Annual statistical returns and brief notes on vaccination in Bengal - 1896-1909
Year: 1896
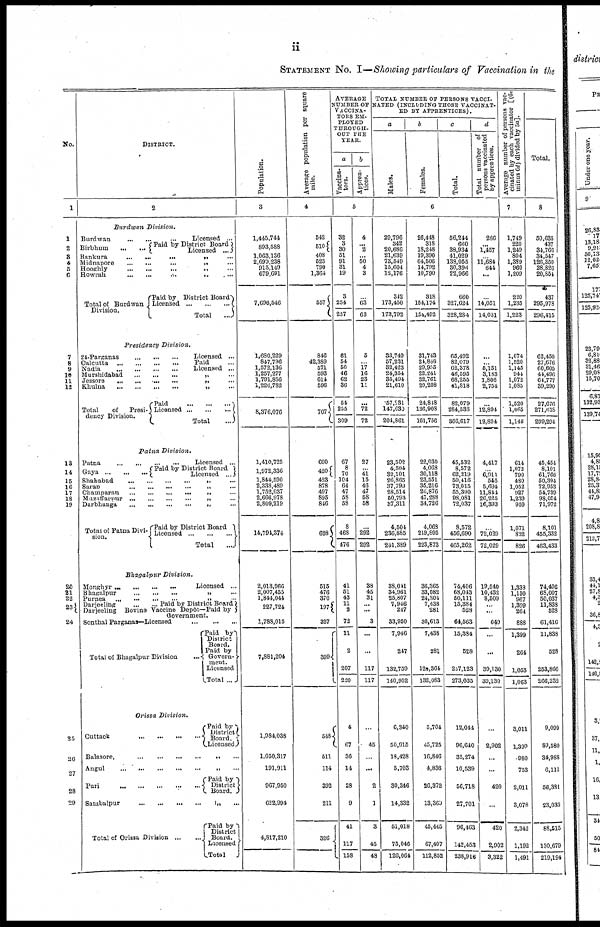
ii
STATEMENT NO. I—Showing particulars of Vaccination in the
No.
1
1
2
3
4
5
6
7
8
9
10
11
12
13
14
15
16
17
18
19
20
21
22
23
24
25
26
27
28
29
DISTRICT.
2
Burdwan
Division.
Burdwan ... ... ... Licensed ...
Birbhum
...
...
Paid by District Board
Licensed ...
Bankura ... ... ... „ ...
Midnapore ... ... ... „ ...
Hooghly ... ... ... „ ...
Howrah
...
...
...
„
...
Total of Burdwan
Division.
Paid by District Board
Licensed ... ... ...
Total
...
Presidency
Division.
24-Parganas ... ... ... Licensed ...
Calcutta
...
...
...
...
Paid ...
Nadia ... ... ... Licensed ...
Murshidabad ... ... ... „ ...
Jessore ... ... ... „ ...
Khulna
...
...
...
„
...
Total
of
Presi-
dency Division.
Paid
...
...
...
Licensed
...
...
...
Total
...
Patna
Division.
Patna
...
...
...
...
Licensed
...
Gaya
...
...
... Paid By District Board
Licensed ...
Shababad
...
...
...
...
„
...
Saran ... ... ... ... „ ...
Champaran ... ... ... ... „ ...
Muzaffarpur
...
...
...
...
„
...
Darbhanga
...
...
...
...
„
...
Total of Patna Divi-
sion.
Paid by District Board
Licensed
...
...
...
Total
...
Bhagalpur
Division.
Monghyr
...
...
...
...
Licensed
...
Bhagalpur
...
...
...
...
„
...
Purnea ... ... ... ... „ ...
Darjeeling ... ... Paid by District Board
Darjeeling
Bovine Vaccine Depôt—Paid by
Government.
Sonthal Parganas—Licensed
...
...
...
Total of Bhagalpur Division
Paid by
District
Board.
Paid by
Govern-
ment.
Licensed
Total ...
Orissa
Division.
Cuttack
...
...
...
...
Paid by
District
Board.
Licensed
Balasore,
...
...
...
...
„
...
Angul
...
...
...
...
„
...
Puri ... ... ... ... „ ...
Paid by
District
Board.
Sambalpur ... ... ... ... „ ...
Total of Orissa Division
...
...
Paid by
District
Board.
Licensed
Total
Population.
3
1,445,744
893,588
1,063,136
2,699,238
915,149
679,691
7,696,546
1,680,229
847,796
1,572,136
1,257,277
1,791,856
1,226,782
8,376,076
1,410,725
1,972,336
1,844,590
2,338,489
1,752,037
2,666,978
2,809,219
14,791,374
2,013,966
2,007,455
1,844,044
227,724
1,788,015
7,881,204
1,984,038
1,050,317
191,911
967,950
622,994
4,817,210
Average population per square
mile.
4
542
510
408
523
790
1,364
557
846
42,389
571
593
614
596
707
690
420
423
878
497
895
846
628
515
476
370
197
327
399
548
511
114
392
211
326
AVERAGE
NUMBER OF
VACCINA-
TORS EM-
PLOYED
THROUGH-
OUT THE
YEAR.
a
Vaccina-
tors.
b
Appren-
tices.
5
32
3
30
51
91
31
19
3
254
257
61
54
50
46
62
36
54
255
309
67
8
70
104
64
47
58
58
8
468
476
41
51
43
11
2
72
11
2
207
220
4
67
36
14
28
9
41
117
158
4
... 2
...
50
4
3
63
63
5
...
17
16
23
11
...
72
72
27
... 41
15
46
47
58
58
...
292
292
38
45
31
...
...
3
...
...
117
117
...
45
...
...
2
1
3
45
48
TOTAL NUMBER OF PERSONS VACCI-
NATED (INCLUDING THOSE VACCINAL
ED BY APPRENTICES).
a
Males.
b
Females.
c
Total.
d
Total number of
persons vaccinated
by apprentices.
6
29,796
342
20,686
21,639
73,549
15,604
12,176
312
173,450
173,792
33,749
57,231
32,423
24,354
35,494
21,610
57,231
147,630
204,861
23,502
4,504
82,101
26,865
37,799
28,514
50,793
87,311
4,504
236,885
241,389
33,041
34,961
25,807
7,946
247
33,950
7,946
247
132,769
140,952
6,340
50,915
18,428
5,703
30,346
14,332
51,018
75,046
126,064
26,448
318
18,248
19,390
64,506
14,792
10,790
318
154,174
154,492
31,743
24,848
29,955
22,241
32,761
20,208
24,848
136,908
161,756
22,030
4,068
30,118
23,551
35,216
26,876
47,288
34,726
4,068
219,805
223,873
36,365
33,082
24,304
7,438
281
30,613
7,438
281
124,364
132,083
5,704
45,725
16,846
4,836
26,372
13,369
45,445
67,407
112,852
56,244
660
38,934
41,029
138,055
30,398
22,966
660
327,624
328,284
65,492
82,079
62,378
46,595
68,255
41,818
82,079
284,538
366,617
45,532
8,572
62,219
50,416
73,015
55,390
98,081
72,037
8,572
456,690
465,262
74,406
68,043
50,111
15,384
528
64,563
15,384
528
257,123
273,035
12,044
96,640
35,274
10,539
56,718
27,701
96,463
142,453
238,916
260
...
1,457
... 11,684
644
...
...
14,051
14,051
...
...
5,151
3,183
1,806
2,754
...
12,894
12,894
4,417
... 6,911
545
5,694
11,844
26,225
16,393
...
72,029
72,029
19,540
10,432
8,509
...
...
649
...
...
39,130
39,130
...
2,902
...
...
420
...
420
2,902
3,322
Average number of persons vac-
cinated by each vaccinator [(6c
minus 6d) divided by 5a].
7
1,749
220
1,249
804
1,389
960
1,209
220
1,235
1,223
1,074
1,520
1,145
944
1,072
1,085
1,520
1,065
1,145
614
1,072
790
480
1,052
927
1,239
959
1,071
822
826
1,333
1,130
967
1,399
264
888
1,399
264
1,053
1,063
3,011
1,399
980
753
2,011
3,078
2,342
1,192
1,491
Total.
8
50,635
437
34,766
34,547
126,350
28,826
20,854
437
295,978
296,415
62,450
27,676
60,605
44,496
64,777
89,290
27,676
271,618
299,294
45,454
8,101
61,766
50,394
72,953
54,739
98,054
71,972
8,101
455,332
463,433
74,406
68,007
50,037
11,838
528
61,416
11,838
528
253,866
266,232
9,099
89,580
34,988
6,111
56,381
23,035
88,515
130,679
219,194